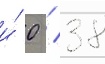
и́ 0 / 38